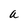
Character: a